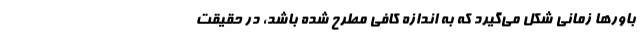
باورها زمانی شکل می‌گیرد که به اندازه کافی مطرح شده باشد، در حقیقت